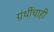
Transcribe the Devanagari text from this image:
ग्रंथींचाही